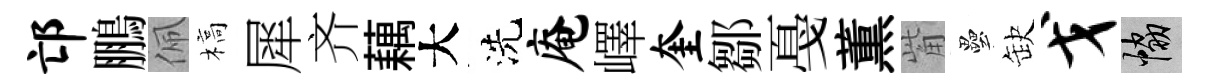
邙鵬佩槁犀齐藕大洗庵嶧奎鄒戞薫觜壘缺戈協